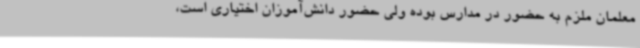
معلمان ملزم به حضور در مدارس بوده ولی حضور دانش‌آموزان اختیاری است،